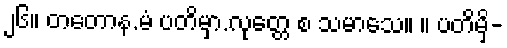
၂၆။ တတောန.မံ ပတိမှာ.လုတ္တေ စ သမာသေ။ ။ ပတိမှိ-